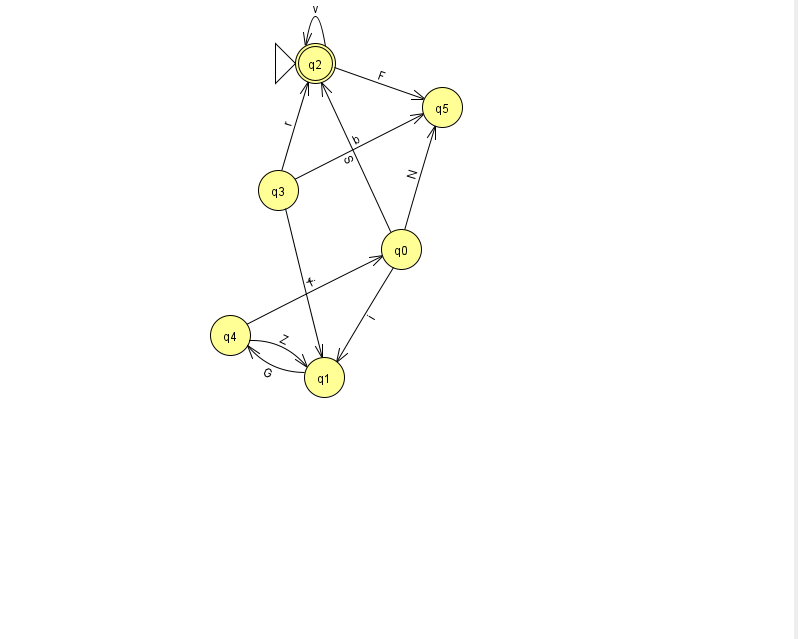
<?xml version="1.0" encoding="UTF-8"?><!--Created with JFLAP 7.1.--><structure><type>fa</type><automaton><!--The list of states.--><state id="0" name="q0"><x>401.0</x><y>236.0</y></state><state id="1" name="q1"><x>324.0</x><y>364.0</y></state><state id="2" name="q2"><x>315.0</x><y>50.0</y><initial/><final/></state><state id="3" name="q3"><x>278.0</x><y>177.0</y></state><state id="4" name="q4"><x>230.0</x><y>322.0</y></state><state id="5" name="q5"><x>442.0</x><y>94.0</y></state><!--The list of transitions.--><transition><from>3</from><to>2</to><read>r</read></transition><transition><from>3</from><to>5</to><read>b</read></transition><transition><from>4</from><to>0</to><read>f</read></transition><transition><from>0</from><to>5</to><read>N</read></transition><transition><from>2</from><to>5</to><read>F</read></transition><transition><from>2</from><to>2</to><read>v</read></transition><transition><from>1</from><to>4</to><read>G</read></transition><transition><from>3</from><to>1</to><read>i</read></transition><transition><from>4</from><to>1</to><read>Z</read></transition><transition><from>0</from><to>2</to><read>S</read></transition><transition><from>0</from><to>1</to><read>i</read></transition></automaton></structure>